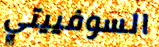
السوفييتي